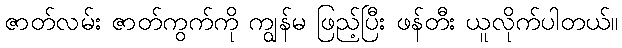
ဇာတ်လမ်း ဇာတ်ကွက်ကို ကျွန်မ ဖြည့်ပြီး ဖန်တီး ယူလိုက်ပါတယ်။